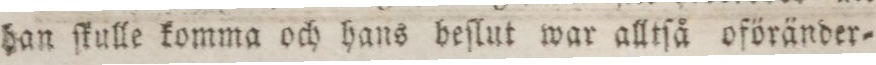
han ſkulle komma och hans heſlut war alltſå oföränder=